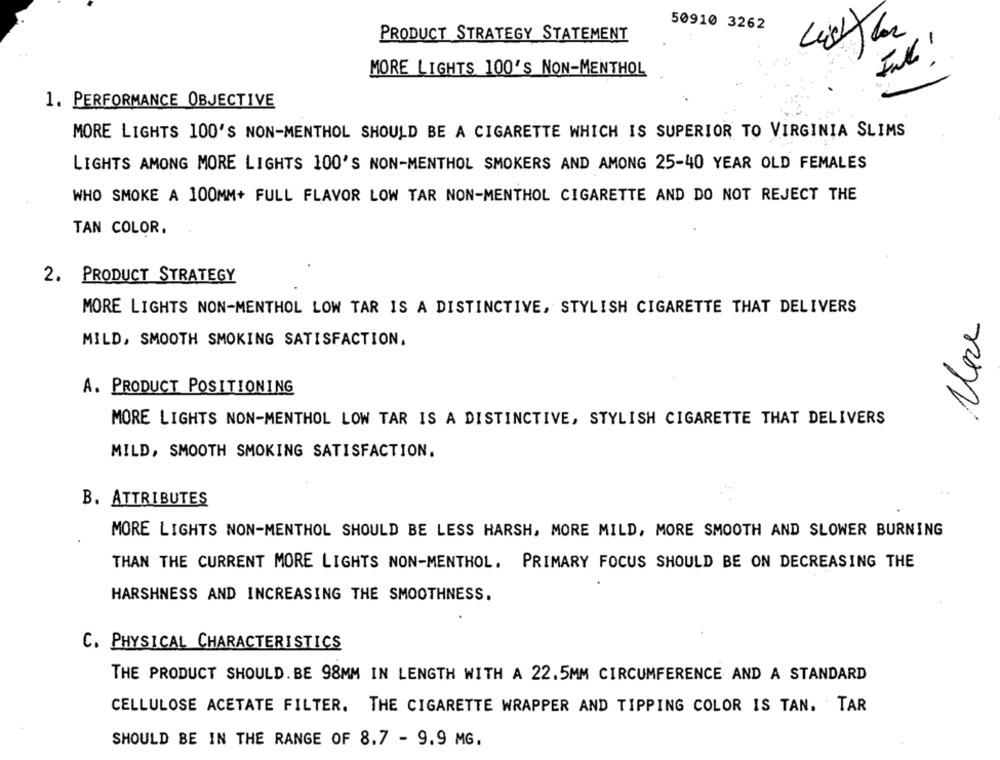
50910 3262
PRODUCT STRATEGY STATEMENT
MORE LIGHTS 100'S NON-MENTHOL
1. PERFORMANCE OBJECTIVE
MORE LIGHTS 100'S NON-MENTHOL SHOULD BE A CIGARETTE WHICH IS SUPERIOR TO VIRGINIA SLIMS
LIGHTS AMONG MORE LIGHTS 100'S NON-MENTHOL SMOKERS AND AMONG 25-40 YEAR OLD FEMALES
WHO SMOKE A 100MM+ FULL FLAVOR LOW TAR NON-MENTHOL CIGARETTE AND DO NOT REJECT THE
TAN COLOR.
2. PRODUCT STRATEGY
MORE LIGHTS NON-MENTHOL LOW TAR IS A DISTINCTIVE, STYLISH CIGARETTE THAT DELIVERS
MILD, SMOOTH SMOKING SATISFACTION.
A. PRODUCT POSITIONING
MORE LIGHTS NON-MENTHOL LOW TAR IS A DISTINCTIVE, STYLISH CIGARETTE THAT DELIVERS
MILD, SMOOTH SMOKING SATISFACTION.
B. ATTRIBUTES
MORE LIGHTS NON-MENTHOL SHOULD BE LESS HARSH, MORE MILD, MORE SMOOTH AND SLOWER BURNING
THAN THE CURRENT MORE LIGHTS NON-MENTHOL. PRIMARY FOCUS SHOULD BE ON DECREASING THE
HARSHNESS AND INCREASING THE SMOOTHNESS.
C. PHYSICAL CHARACTERISTICS
THE PRODUCT SHOULD. BE 98MM IN LENGTH WITH A 22.5MM CIRCUMFERENCE AND A STANDARD
CELLULOSE ACETATE FILTER. THE CIGARETTE WRAPPER AND TIPPING COLOR IS TAN. TAR
SHOULD BE IN THE RANGE OF 8.7 - 9.9 MG.